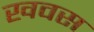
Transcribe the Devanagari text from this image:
खवस